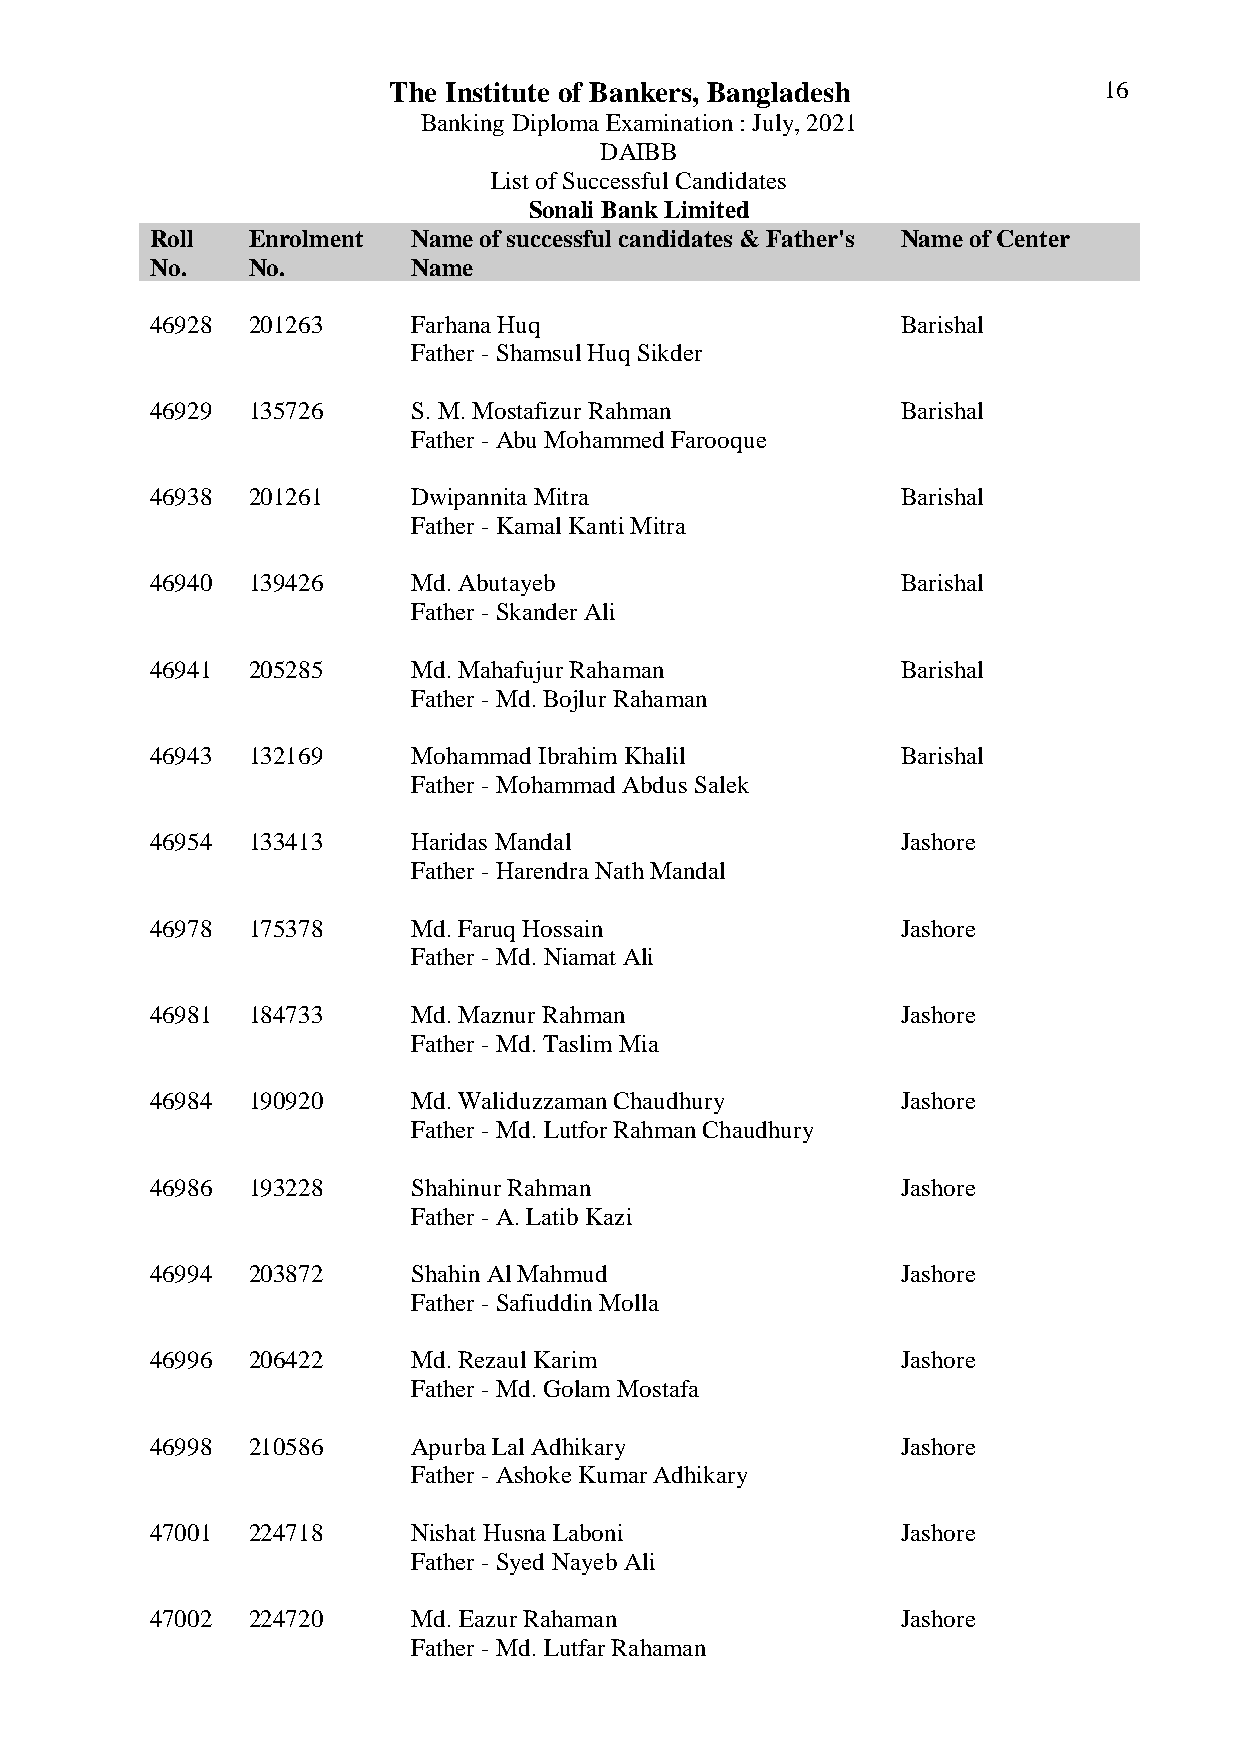
The Institute of Bankers, Bangladesh           16
 Banking Diploma Examination : July, 2021
 DAIBB
 List of Successful Candidates
 Sonali Bank Limited
 Roll  Enrolment  Name of successful candidates & Father's Name of Center
 No.   No.        Name
 46928 201263     Farhana Huq                      Barishal
 Father - Shamsul Huq Sikder
 46929 135726     S. M. Mostafizur Rahman          Barishal
 Father - Abu Mohammed Farooque
 46938 201261     Dwipannita Mitra                 Barishal
 Father - Kamal Kanti Mitra
 46940 139426     Md. Abutayeb                     Barishal
 Father - Skander Ali
 46941 205285     Md. Mahafujur Rahaman            Barishal
 Father - Md. Bojlur Rahaman
 46943 132169     Mohammad Ibrahim Khalil          Barishal
 Father - Mohammad Abdus Salek
 46954 133413     Haridas Mandal                   Jashore
 Father - Harendra Nath Mandal
 46978 175378     Md. Faruq Hossain                Jashore
 Father - Md. Niamat Ali
 46981 184733     Md. Maznur Rahman                Jashore
 Father - Md. Taslim Mia
 46984 190920     Md. Waliduzzaman Chaudhury       Jashore
 Father - Md. Lutfor Rahman Chaudhury
 46986 193228     Shahinur Rahman                  Jashore
 Father - A. Latib Kazi
 46994 203872     Shahin Al Mahmud                 Jashore
 Father - Safiuddin Molla
 46996 206422     Md. Rezaul Karim                 Jashore
 Father - Md. Golam Mostafa
 46998 210586     Apurba Lal Adhikary              Jashore
 Father - Ashoke Kumar Adhikary
 47001 224718     Nishat Husna Laboni              Jashore
 Father - Syed Nayeb Ali
 47002 224720     Md. Eazur Rahaman                Jashore
 Father - Md. Lutfar Rahaman